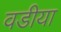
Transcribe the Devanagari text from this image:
वडीया